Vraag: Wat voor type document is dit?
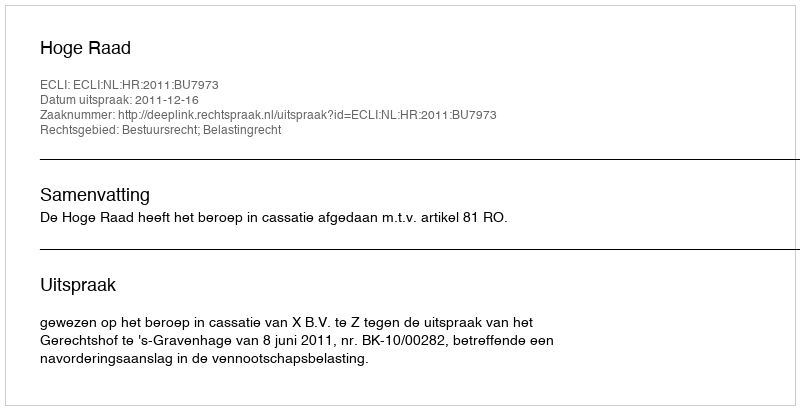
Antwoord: Uitspraak